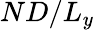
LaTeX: ND/L_{y}